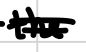
Text: the
Cross-out: double-line
Writing tool: digital_black